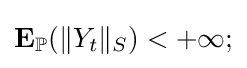
\mathbf {E} _{\mathbb {P} }(\lVert Y_{t}\rVert _{S})<+\infty ;